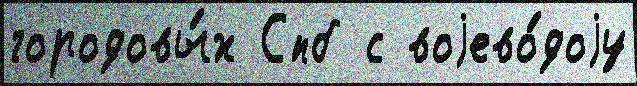
городовы́х Спб с воjево́доjу